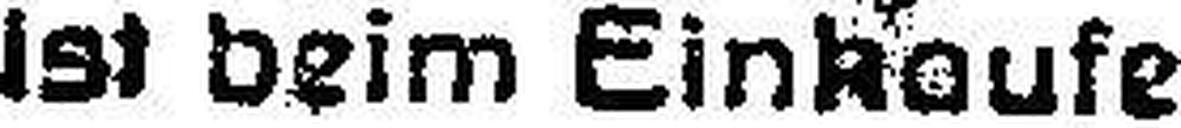
Ist beim Einkaufe